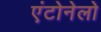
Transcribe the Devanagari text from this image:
एंटोनेलो